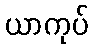
ယာကုပ်